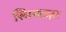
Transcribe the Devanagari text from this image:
स्मिथाउज़र